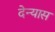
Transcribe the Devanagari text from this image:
देन्यास